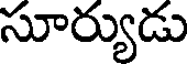
సూర్యుడు